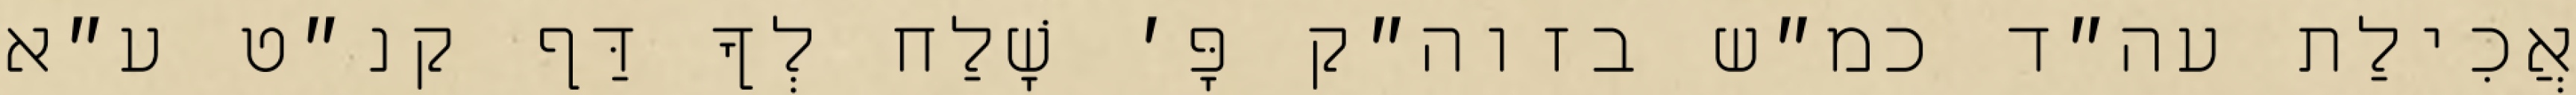
אֲכִילַת עה״ד כמ״ש בזוה״ק פָּ׳ שָׁלַח לְךָ דַּף קנ״ט ע״א